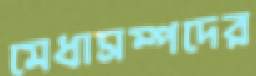
মেধাসম্পদের